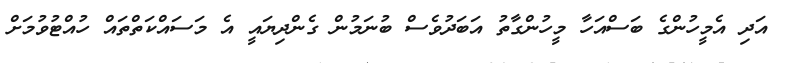
އަދި އެމީހުންގެ ބަސްއަހާ މީހުންގާތު އަބަދުވެސް ބުނަމުން ގެންދިޔައީ އެ މަސައްކަތްތައް ހުއްޓުވުމަށް